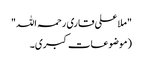
"ملا علی قاری رحمہ اللہ"
(موضوعات کبری۔